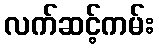
လက်ဆင့်ကမ်း